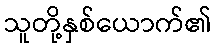
သူတို့နှစ်ယောက်၏